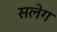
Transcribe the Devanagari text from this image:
सलेग